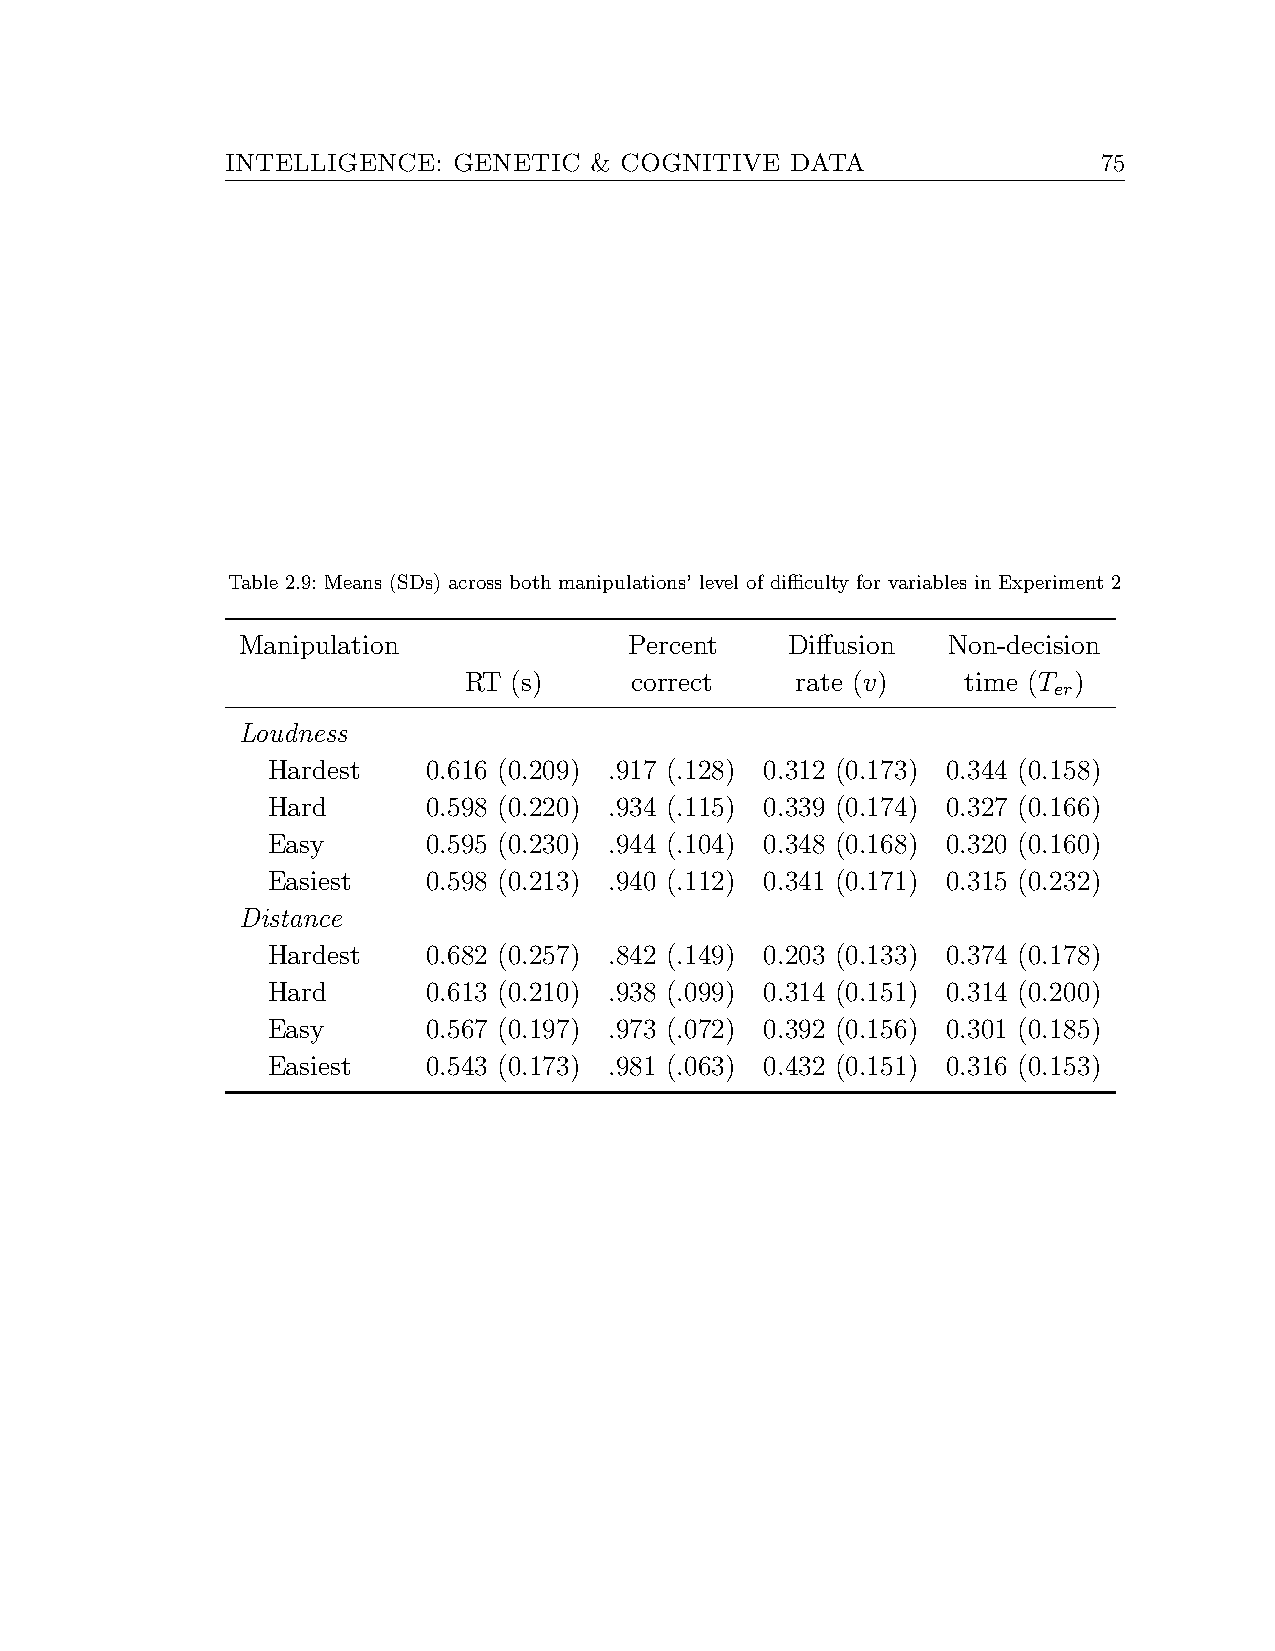
INTELLIGENCE:  GENETIC  & COGNITIVE  DATA                 75
 Table 2.9: Means (SDs) across both manipulations’ level of difficulty for variables in Experiment 2
 Manipulation              Percent   Diffusion  Non-decision
 RT (s)     correct    rate (v)   time (T )
 er
 Loudness
 Hardest   0.616 (0.209) .917 (.128) 0.312 (0.173) 0.344 (0.158)
 Hard      0.598 (0.220) .934 (.115) 0.339 (0.174) 0.327 (0.166)
 Easy      0.595 (0.230) .944 (.104) 0.348 (0.168) 0.320 (0.160)
 Easiest   0.598 (0.213) .940 (.112) 0.341 (0.171) 0.315 (0.232)
 Distance
 Hardest   0.682 (0.257) .842 (.149) 0.203 (0.133) 0.374 (0.178)
 Hard      0.613 (0.210) .938 (.099) 0.314 (0.151) 0.314 (0.200)
 Easy      0.567 (0.197) .973 (.072) 0.392 (0.156) 0.301 (0.185)
 Easiest   0.543 (0.173) .981 (.063) 0.432 (0.151) 0.316 (0.153)